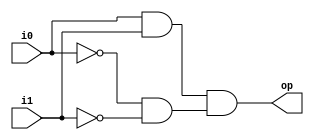
`timescale 1ns / 1ps
//////////////////////////////////////////////////////////////////////////////////
// Company: 
// Engineer: 
// 
// Design Name: 
// Module Name:    comp_1_bit_behav 
// Project Name: 
// Target Devices: 
// Tool versions: 
// Description: 
//
// Dependencies: 
//
// Revision: 
// Revision 0.01 - File Created
// Additional Comments: 
//
//////////////////////////////////////////////////////////////////////////////////
module comp_1_bit_behav(
		input wire i0, i1,
		output reg op //must be delcared as reg to be used in the procedural assignment
    );
	 
	 reg p1, p2;
	always @(i0, i1) begin
		//order is crutual here
		p1 = i0 & i1;
		p2 = ~i0 & ~i1;
		op = p1 & p2;
	end

endmodule